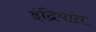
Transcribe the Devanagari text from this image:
इंद्रियांत